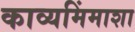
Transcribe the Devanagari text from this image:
काव्यमिंमाशा